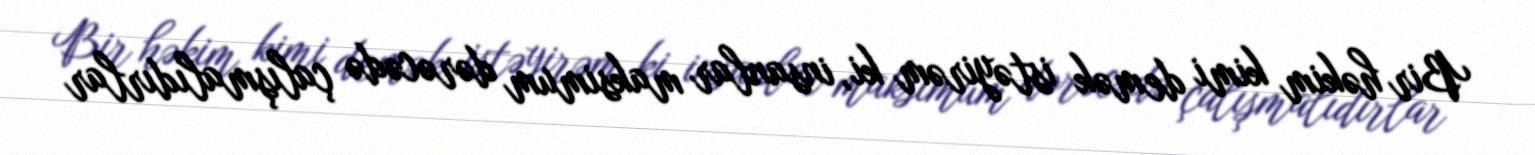
Bir həkim kimi demək istəyirəm ki, insanlar maksimum dərəcədə çalışmalıdırlar